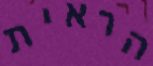
הראית